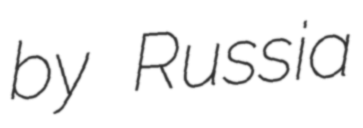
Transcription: by Russia